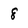
Character: 8